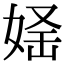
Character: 𡝛